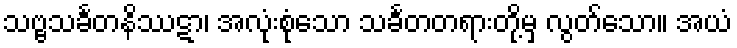
သဗ္ဗသင်္ခတနိဿဋာ၊ အလုံးစုံသော သင်္ခတတရားတို့မှ လွတ်သော။ အယံ